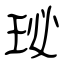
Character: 珌